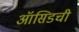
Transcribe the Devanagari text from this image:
ऑसिडची